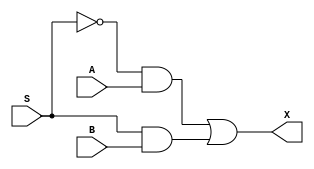
module MUX1( A, B, S, X);

input wire A, B; // As entradas sao A e B
input wire S; // O sinal de selecao  S
output wire X; // O sinal de saida  X
wire S0_inv, a1, b1;

not u1( S0_inv, S );
and u2( a1, S0_inv, A );
and u3( b1, S, B );
or  u4( X, a1, b1 );

endmodule